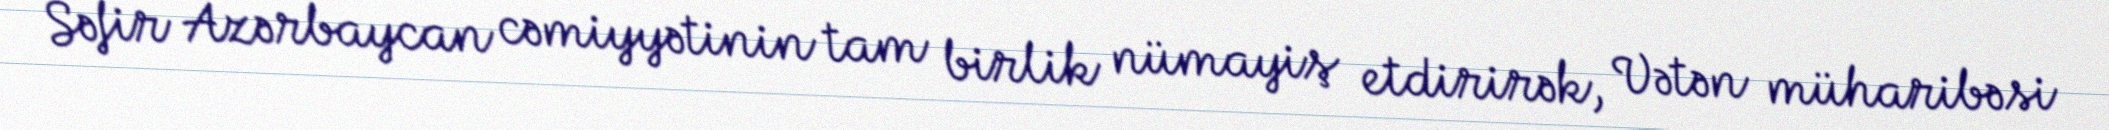
Səfir Azərbaycan cəmiyyətinin tam birlik nümayiş etdirirək, Vətən müharibəsi